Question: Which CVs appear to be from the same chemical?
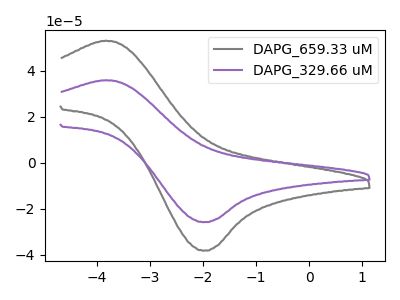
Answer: <think>The gray curve "DAPG_659.33 uM" has an anodic peak at (-3.85V, 53.00uA) and a cathodic peak at (-2.00V, -38.25uA). The purple curve "DAPG_329.66 uM" has an anodic peak at (-3.85V, 35.85uA) and a cathodic peak at (-2.00V, -25.85uA).
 All the peaks in "DAPG_659.33 uM" have a peak in "DAPG_329.66 uM" at the same potential. Every peak in "DAPG_659.33 uM" is higher than every peak in "DAPG_329.66 uM".</think>
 <answer>"DAPG_329.66 uM" and "DAPG_659.33 uM" have the same shape and are likely CV's of the same chemical.</answer>
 <eval>"DAPG_329.66 uM" "DAPG_659.33 uM"</eval>